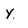
Character: Y